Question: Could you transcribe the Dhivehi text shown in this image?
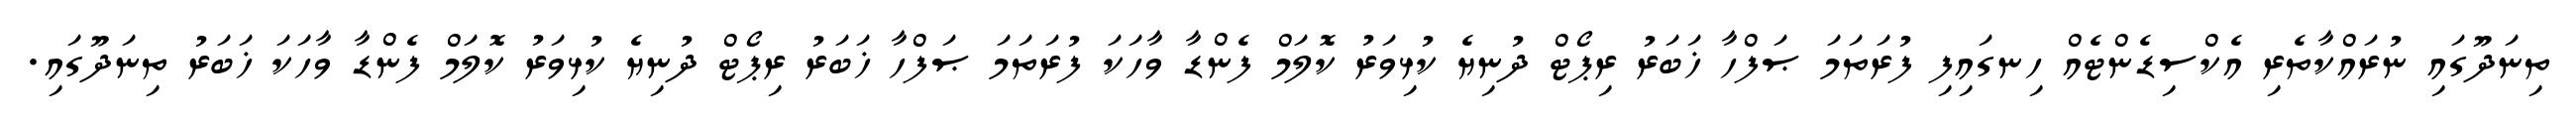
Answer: ތިނަދޫގައި ނުރައްކާތެރި އެކްސިޑެންޓެއް ހިނގައިފި ފުރަތަމަ ޞަފްހާ ޚަބަރު ރިޕޯޓް ދުނިޔެ ކުޅިވަރު ކޮލަމް ފެންޑާ ވާހަކަ ފުރަތަމަ ޞަފްހާ ޚަބަރު ރިޕޯޓް ދުނިޔެ ކުޅިވަރު ކޮލަމް ފެންޑާ ވާހަކަ ޚަބަރު ތިނަދޫގައި.